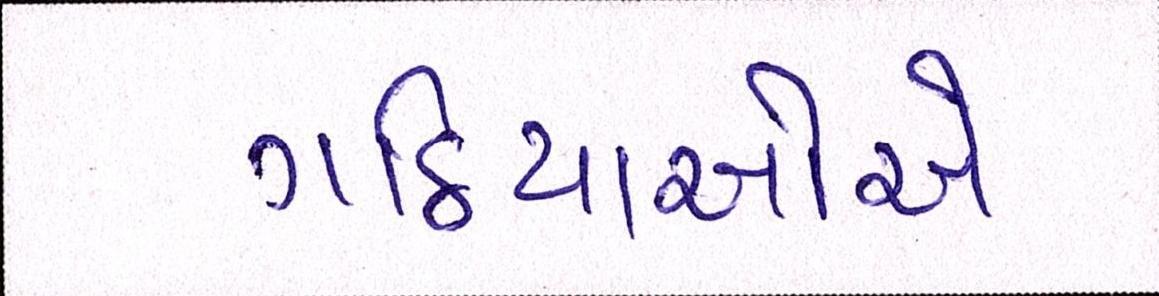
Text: ગઠિયાઓએ